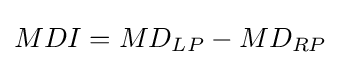
MDI=MD_{LP}-MD_{RP}